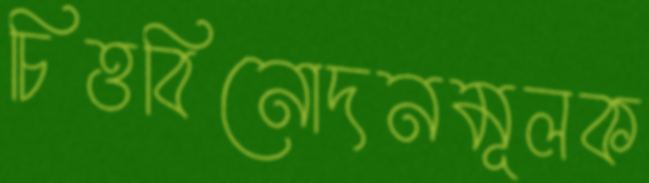
চিত্তবিনোদনমূলক